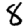
Digit: 8